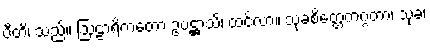
ပီတိ၊ သည်။ ဩဠာရိကတော ဥပဋ္ဌာသိ၊ ထင်လာ။ သုခစိတ္တေကဂ္ဂတာ၊ သုခ၊